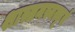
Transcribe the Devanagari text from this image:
शास्त्रमस्यत्कृतं